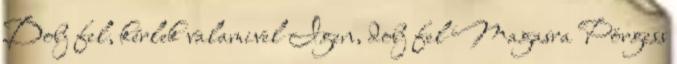
Dobj fel, kérlek valamivel Igen, dobj fel Magasra Pörgess